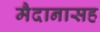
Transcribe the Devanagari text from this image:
मैदानासह